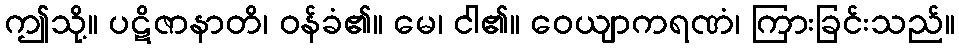
ဤသို့။ ပဋိဇာနာတိ၊ ဝန်ခံ၏။ မေ၊ ငါ၏။ ဝေယျာကရဏံ၊ ကြားခြင်းသည်။